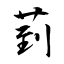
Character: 菿